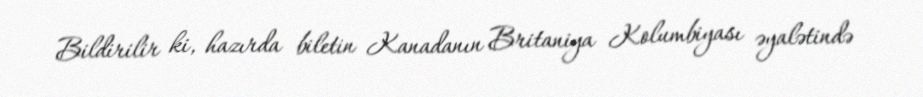
Bildirilir ki, hazırda biletin Kanadanın Britaniya Kolumbiyası əyalətində